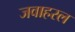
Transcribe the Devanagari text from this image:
जवाहरल